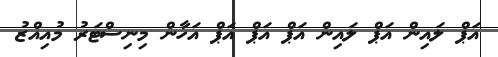
އަޕް ލައިން އަޕް ލައިން އަޕް އަޕް އަޕް އަހާން މިނިސްޓަރު މުއިއްޒު